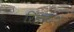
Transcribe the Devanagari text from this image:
रिहायश